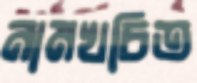
নামখচিত